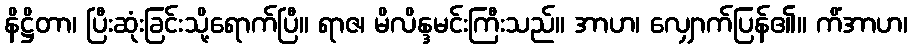
နိဋ္ဌိတာ၊ ပြီးဆုံးခြင်းသို့ရောက်ပြီ။ ရာဇ၊ မိလိန္ဒမင်းကြီးသည်။ အာဟ၊ လျှောက်ပြန်၏။ ကိံအာဟ၊